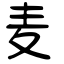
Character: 麦